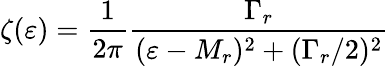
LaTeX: \zeta(\varepsilon)=\frac{1}{2\pi}\frac{\Gamma_{r}}{(\varepsilon-M_{r})^{2}+(\Gamma_{r}/2)^{2}}